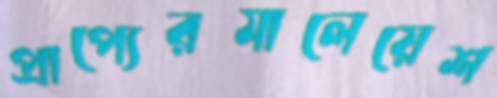
প্রাপ্যেরমালেয়েশ